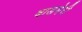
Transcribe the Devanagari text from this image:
बाडमेरी